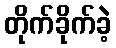
တိုက်ခိုက်ခဲ့